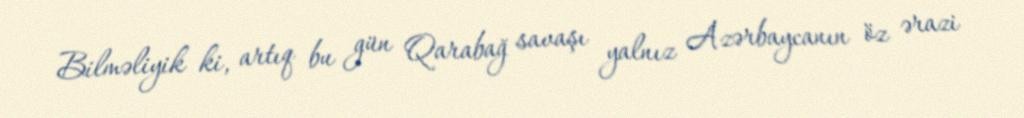
Bilməliyik ki, artıq bu gün Qarabağ savaşı yalnız Azərbaycanın öz ərazi